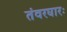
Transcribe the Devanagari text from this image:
तंवरघारः